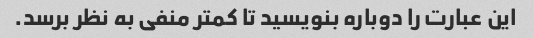
این عبارت را دوباره بنویسید تا کمتر منفی به نظر برسد.